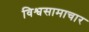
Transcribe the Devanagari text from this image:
विश्वसामाचार